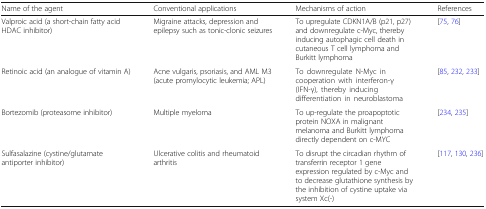
<table><thead><tr><td><b>Name of the agent</b></td><td><b>Conventional applications</b></td><td><b>Mechanisms of action</b></td><td><b>References</b></td></tr></thead><tbody><tr><td>Valproic acid (a short-chain fatty acid HDAC inhibitor)</td><td>Migraine attacks, depression and epilepsy such as tonic-clonic seizures</td><td>To upregulate CDKN1A/B (p21, p27) and downregulate c-Myc, thereby inducing autophagic cell death in cutaneous T cell lymphoma and Burkitt lymphoma</td><td>[75, 76]</td></tr><tr><td>Retinoic acid (an analogue of vitamin A)</td><td>Acne vulgaris, psoriasis, and AML M3 (acute promylocytic leukemia; APL)</td><td>To downregulate N-Myc in cooperation with interferon-γ (IFN-γ), thereby inducing differentiation in neuroblastoma</td><td>[85, 232, 233]</td></tr><tr><td>Bortezomib (proteasome inhibitor)</td><td>Multiple myeloma</td><td>To up-regulate the proapoptotic protein NOXA in malignant melanoma and Burkitt lymphoma directly dependent on c-MYC</td><td>[234, 235]</td></tr><tr><td>Sulfasalazine (cystine/glutamate antiporter inhibitor)</td><td>Ulcerative colitis and rheumatoid arthritis</td><td>To disrupt the circadian rhythm of transferrin receptor 1 gene expression regulated by c-Myc and to decrease glutathione synthesis by the inhibition of cystine uptake via system Xc(-)</td><td>[117, 130, 236]</td></tr></tbody></table>